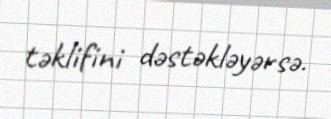
təklifini dəstəkləyərsə.